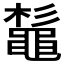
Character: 𪓫